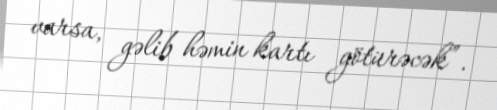
varsa, gəlib həmin kartı götürəcək”.